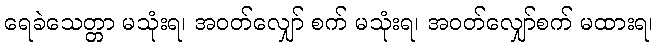
ရေခဲသေတ္တာ မသုံးရ၊ အဝတ်လျှော် စက် မသုံးရ၊ အဝတ်လျှော်စက် မထားရ၊